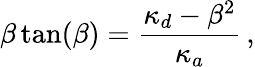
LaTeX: \beta\tan(\beta)=\frac{\kappa_{d}-\beta^{2}}{\kappa_{a}}\, ,